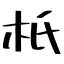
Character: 𣏚